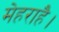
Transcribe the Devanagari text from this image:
मेहराहै।